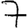
Digit: 7